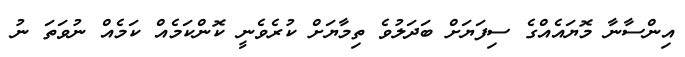
އިންސާނާ މޮޔައެއްގެ ސިފަޔަށް ބަދަލުވެ ތިމާޔަށް ކުރެވެނީ ކޮންކަމެއް ކަމެއް ނުވަތަ ނު